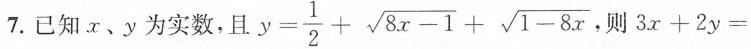
7.已知x、y为实数，且$$y = \frac { 1 } { 2 } + \sqrt { 8 x - 1 } + \sqrt { 1 - 8 x }$$, 则$$3 x + 2 y =$$